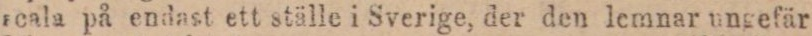
ncala på endast ett ställe i Sverige, der den lemnar ungefär